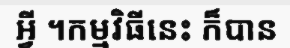
អ្វី ។កម្មវិធីនេះ ក៏បាន